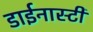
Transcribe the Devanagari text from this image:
डाईनास्टी